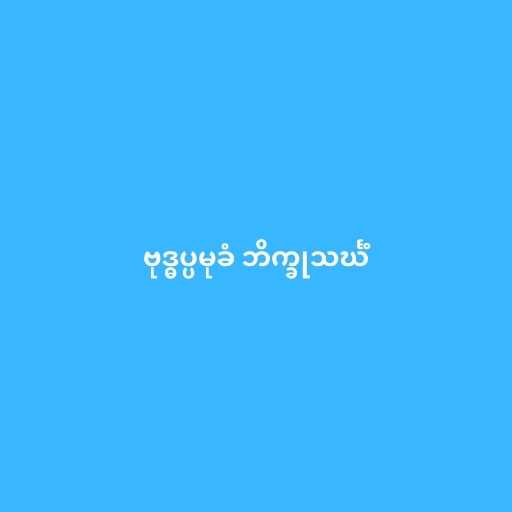
ဗုဒ္ဓပ္ပမုခံ ဘိက္ခုသင်္ဃံ